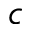
c